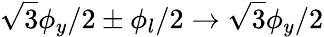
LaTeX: \sqrt{3}\phi_{y}/2\pm\phi_{l}/2\rightarrow\sqrt{3}\phi_{y}/2